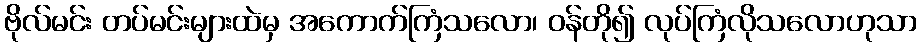
ဗိုလ်မင်း တပ်မင်းများထဲမှ အကောက်ကြံသလော၊ ဝန်တို၍ လုပ်ကြံလိုသလောဟုသာ